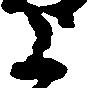
上